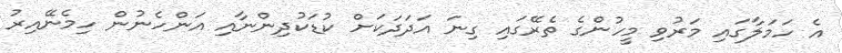
އެ ހަމަލާގައި މަރުވި މީހުންގެ ތެރޭގައި ގިނަ އަދަދަކަށް ކުޑަކުދިންނާއި އަންހެނުން ހިމެނޭއިރު